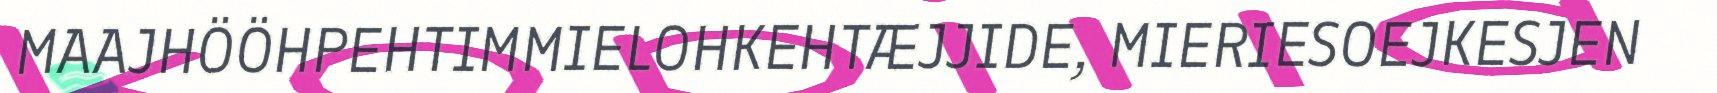
MAAJHÖÖHPEHTIMMIELOHKEHTÆJJIDE, MIERIESOEJKESJEN